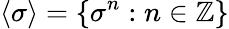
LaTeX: \langle\sigma\rangle=\left\{ \sigma^{n}:n\in\mathbb{Z}\right\}